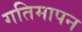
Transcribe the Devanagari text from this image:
गतिमापन